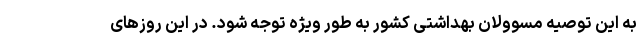
به این توصیه مسوولان بهداشتی کشور به طور ویژه توجه شود. در این روزهای